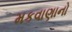
મકવાણાનો